Plague in India, 1896, 1897 - Volume 1
Year: 1896
Disease focus: Plague
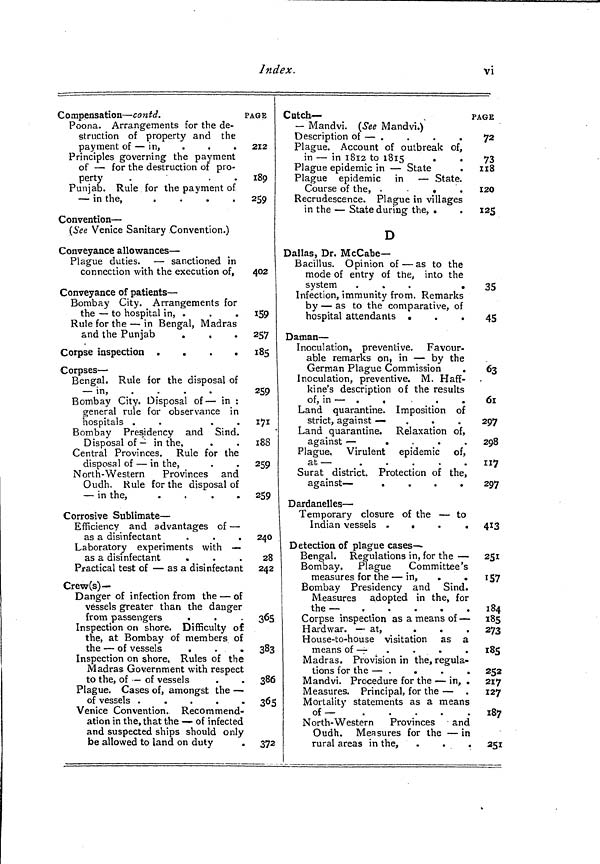
Index.
vi
Compensation — contd.
PAGE
Poona. Arrangements for the de-
struction of property and the
payment of — in,
.
.
.
Principles governing the payment
of — for the destruction of pro-
perty
.
'
.
Punjab. Rule for the payment of
— in the,
.
.
.
.
Convention —
(See Venice Sanitary Convention.)
Conveyance allowances —
Plague duties. — sanctioned in
connection with the execution of,
Conveyance of patients —
Bombay City. Arrangements for
the — to hospital in, .
Rule for the — in Bengal, Madras
and the Punjab
.
.
Corpse inspection .
.
.
.
Corpses-
Bengal. Rule for the disposal of
— in,
Bombay City. Disposal of — in :
general rule for observance in
hospitals .
.
Bombay Presidency and Sind.
Disposal of — in the,
Central Provinces. Rule for the
disposal of — in the,
North-Western
Provinces and
Oudh. Rule for the disposal of
— in the,
.
.
.
.
Corrosive Sublimate —
Efficiency and advantages of —
as a disinfectant
Laboratory experiments with —
as a disinfectant
Practical test of — as a disinfectant
Crew(s)—
Danger of infection from the — of
vessels greater than the danger
from passengers
Inspection on shore. Difficulty of
the, at Bombay of members of
the — of vessels
.
.
.
Inspection on shore. Rules of the
Madras Government with respect
to the, of — of vessels
Plague. Cases of, amongst the —
of vessels .
.
.
.
.
Venice Convention. Recommend-
ation in the, that the — of infected
and suspected ships should only
be allowed to land on duty
212
189
259
402
159
257
185
259
171
188
259
259
240
28
242
365
383
386
365
372
Cutch—
— Mandvi. (See Mandvi.)
Description of — .
Plague. Account of outbreak of,
in — in 1812 to 1815
.
Plague epidemic in — State
.
Plague epidemic in — State.
Course of the,
«
Recrudescence. Plague in villages
in the — State during the, .
D
Dallas, Dr. McCabe—
Bacillus. Opinion of — as to the
mode of entry of the, into the
system
.
.
.
.
Infection, immunity from. Remarks
by — as to the comparative, of
hospital attendants .
Daman —
Inoculation, preventive. Favour-
able remarks on, in — by the
German Plague Commission
Inoculation, preventive. M. Haff-
kine's description of the results
of, in — .
,
Land quarantine. Imposition of
strict, against —
...
Land quarantine. Relaxation of,
against —
.
.
.
.
Plague. Virulent epidemic of,
at —
Surat district. Protection of the,
against —
.
.
.
.
Dardanelles —
Temporary closure of the — to
Indian vessels .
.
.
.
Detection of plague cases-
Bengal. Regulations in, for the —
Bombay. Plague
Committee's
measures for the — in,
.
.
Bombay Presidency and Sind.
Measures adopted in the, for
the—
Corpse inspection as a means of —
Hard war. — at,
.
House-to-house visitation as a
means of — -
.
.
.
Madras. Provision in the, regula-
tions for the — .
Mandvi. Procedure for the — in, .
Measures. Principal, for the —
Mortality statements as a means
of—
North-Western
Provinces
and
Oudh. Measures for the — in
rural areas in the,
.
.
,
PAGE
72
73
118
120
125
35
45
63
61
297
298
117
297
413
251
157
184
185
273
185
252
217
127
187
251